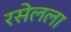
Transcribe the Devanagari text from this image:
रसेलला